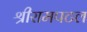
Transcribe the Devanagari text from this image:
श्रीरामपटल